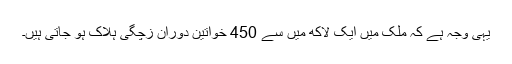
یہی وجہ ہے کہ ملک میں ایک لاکھ میں سے 450 خواتین دوران زچگی ہلاک ہو جاتی ہیں۔